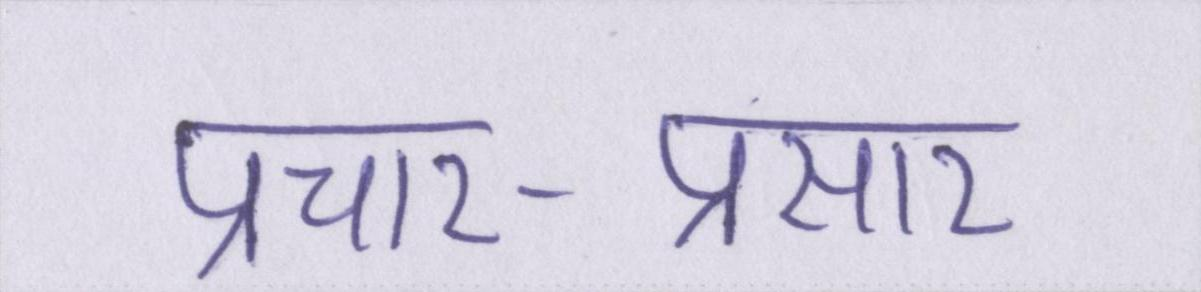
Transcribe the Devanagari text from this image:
प्रचार-प्रसार